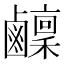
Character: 𬸴